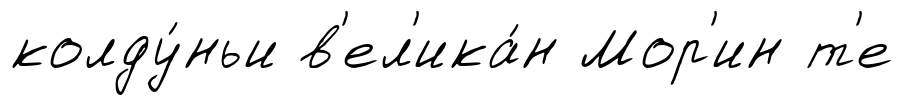
колду́ньи в'ел'ика́н Мор'ин т'е